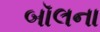
બૉલના